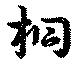
桐